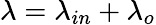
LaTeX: \lambda=\lambda_{in}+\lambda_{o}